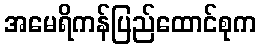
အမေရိကန်ပြည်ထောင်စုက